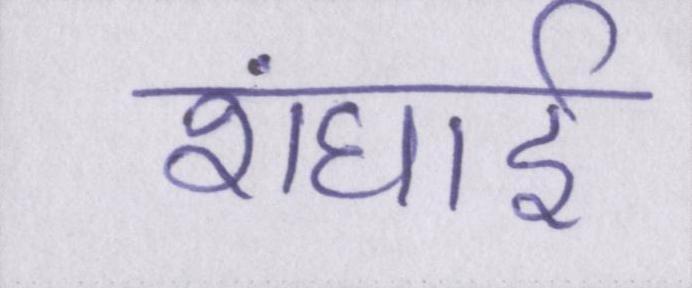
शंघाई